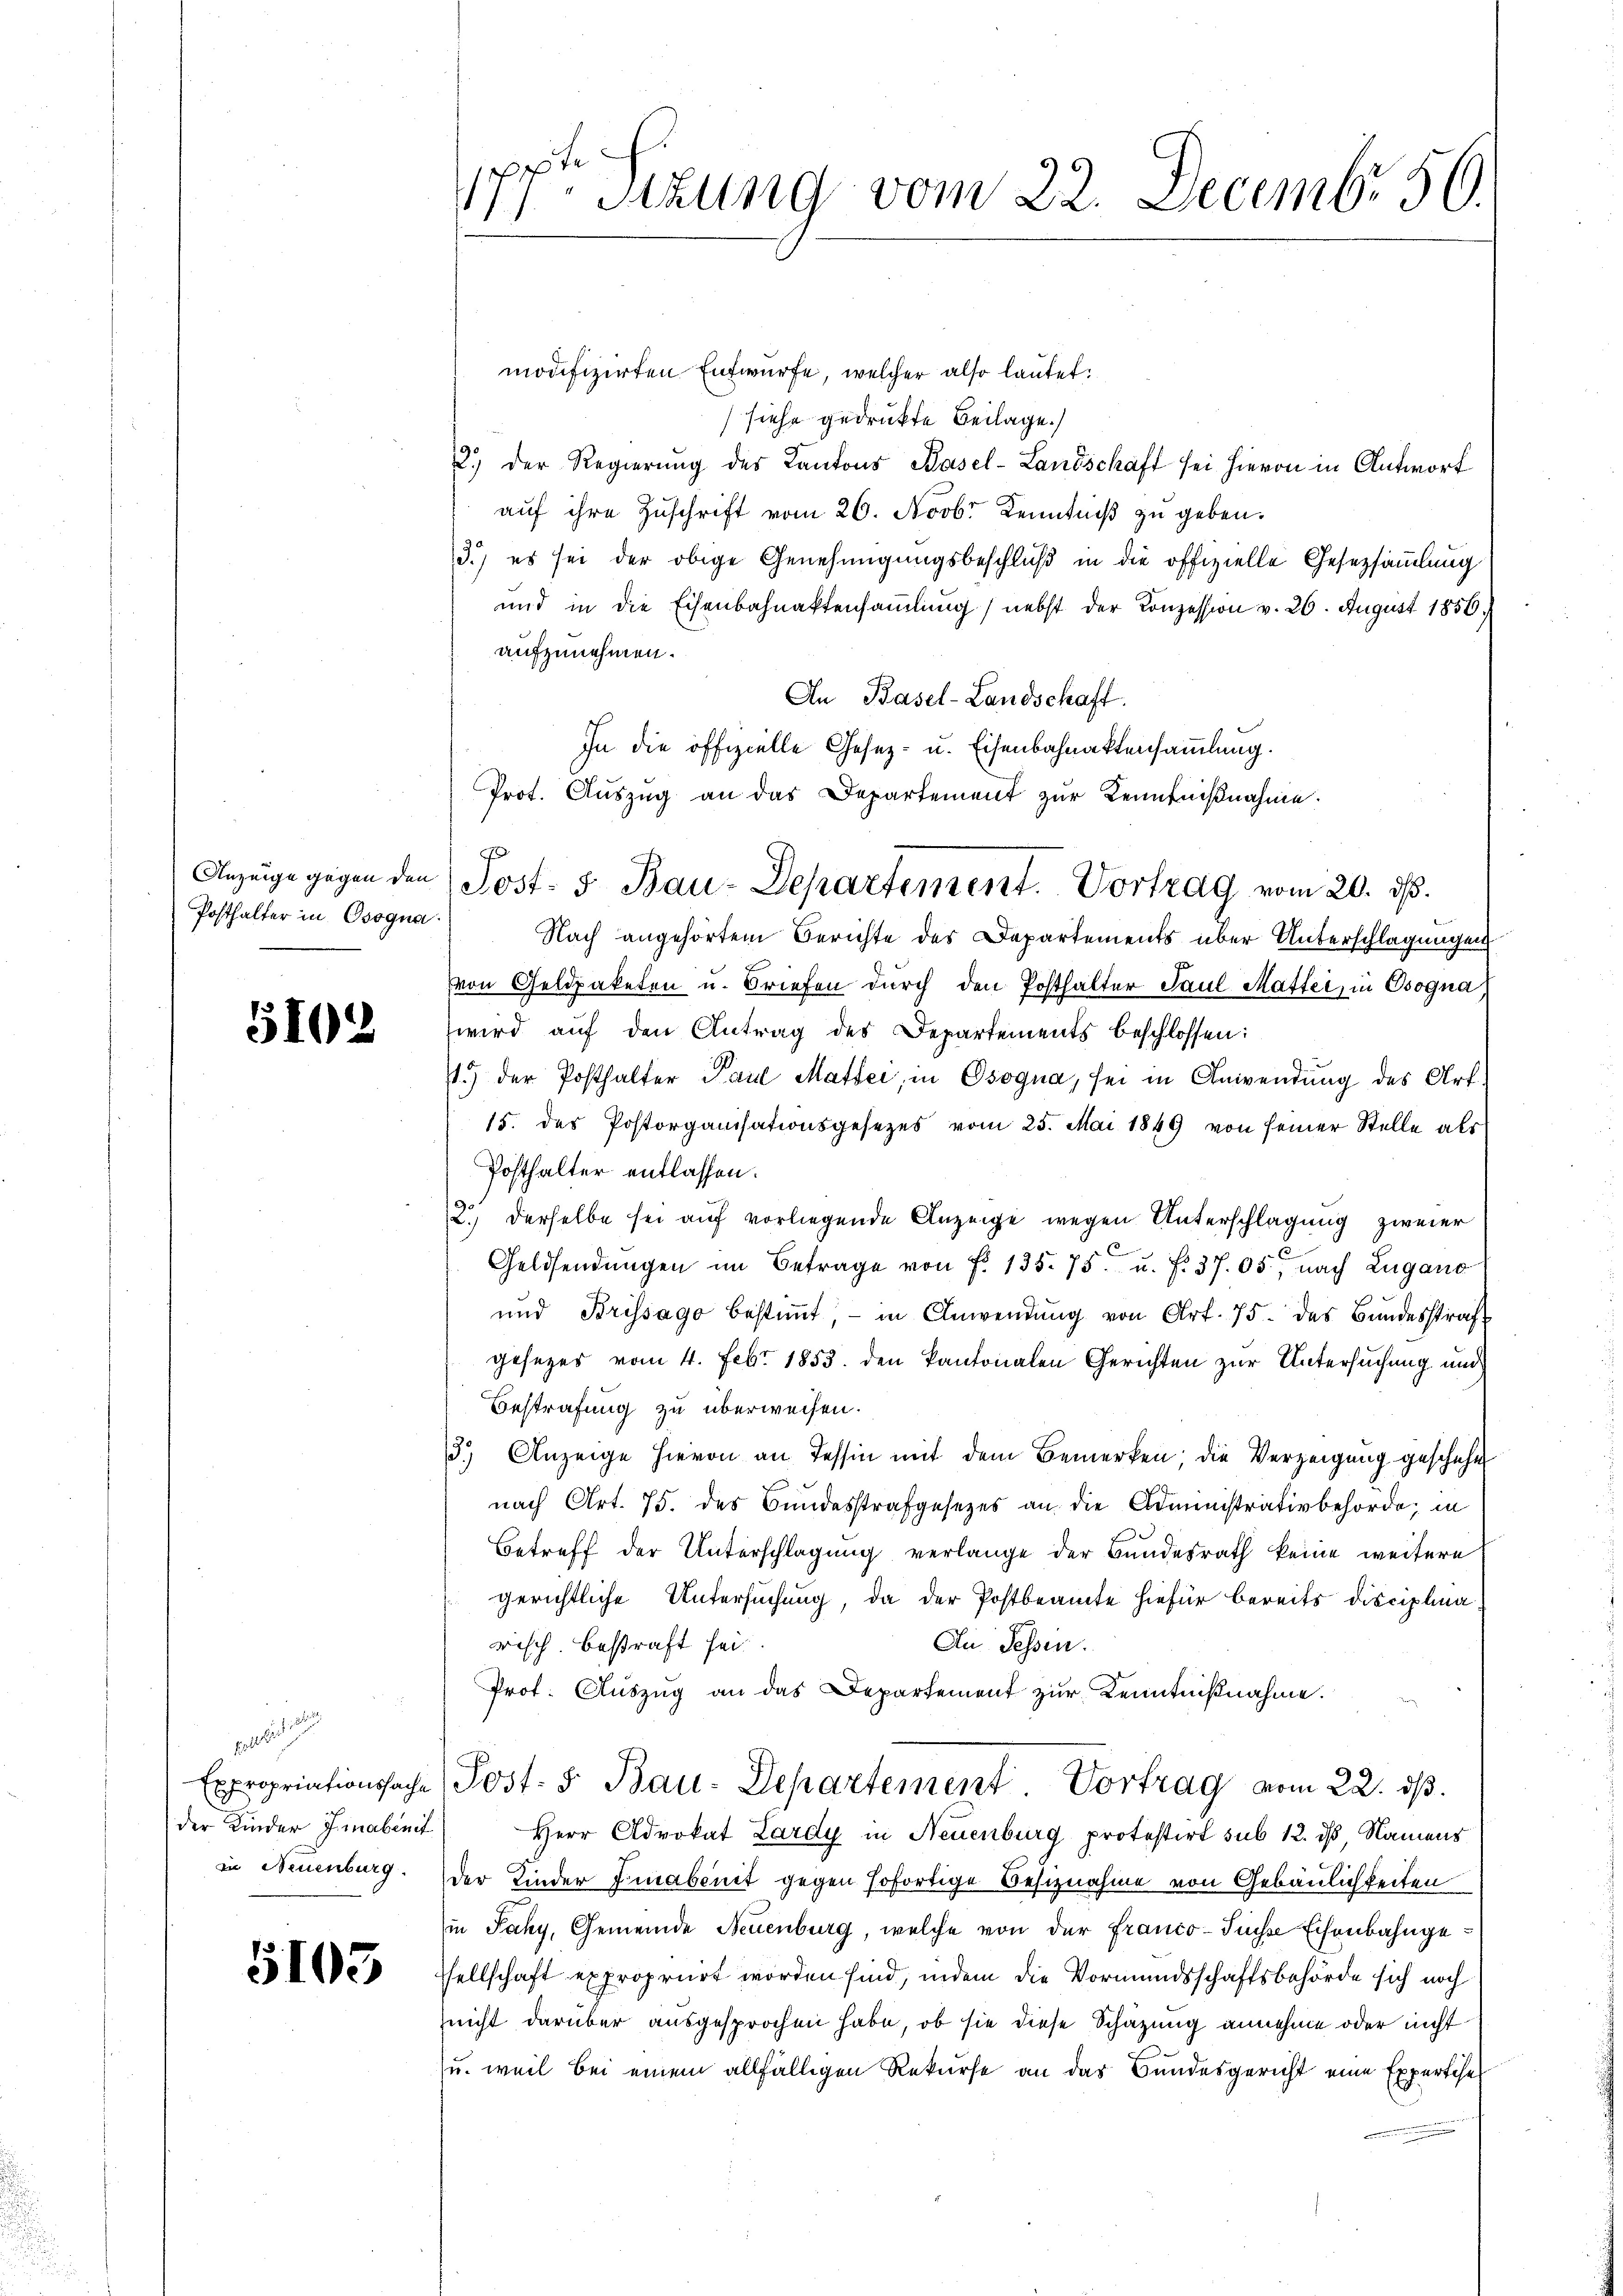
Anzeige gegen den
Posthalter in Osogna

5102

geeigne
Expropriationssache
der Kinder Jonabenit
in Neuenburg.

5103

177ter Sitzung vom 22. Decemb. 50.

modifizierten Entwürfe, welcher also lautet:
siehe gedruckte Beilage.)
2.) Der Regierŭng des Kantons Basel-Landschaft sei hievon in Antwort
auf ihre Zuschrift vom 26. Novbr Kenntniß zu geben.
3.) es sei der obige Genehmigungsbeschluß in die offizielle Gesetzsammlung
und in die Eisenbahnaktensammlung nebst der Konzession v. 26. August 1856
aufzunehmen.
An Basel-Landschaft
Nach angehörtem Berichte des Departements über Unterschlagungen
von Geldpaketen u. Briefen durch den Posthalter Paul Matter, in Osogna,
wird auf den Antrag des Departements beschlossen:
1.) der Posthalter Paul Matter, in Osogna, sei in Anwendung des Art.
15. des Postorganisationsgesezes vom 25. Mai 1849 von seiner Stelle als
Posthalter entlassen.
2.) Derselbe sei auf vorliegende Anzeige wegen Unterschlagung zweier
Geldsendungen im Betrage von f. 135. 75. u. f. 37. 05 nach Lugano
und Brissago bestiṁt, - in Anwendŭng von Art. 75. des Bŭndesstrafgesezes vom 4. Febr. 1853. den kantonalen Gerichten zur Untersuchung und
Bestrafung zu überweisen.
3.) Anzeige hievon an Tessin mit dem Bemerken, die Verzeigung geschehe
nach Art. 75. des Bundesstrafgesetzes an die Administrativbehörde, in
Betreff der Unterschlagung verlange der Bundesrath keine weitere
gerichtliche Untersuchung, da der Postbeamte hiefür bereits Disciplina
wisch. Bestraft sei.
Au Sessen.
Prof. Auszug an das Departement zur Kenntnißnahme.
Post- & Bau-Departement Vortrag vom 22. ds.
Herr Advokat Lardy in Neuenburg protestirt sub 12. ds Namens
der Kinder Finabenit gegen sofortige Beschnahme von Gebäulichkeiten
in Paky, Gemeinde Neuenburg, welche von der Franco-Füsse Eisenbahngesellschaft expropriirt worden sind, indem die Vormundsschaftsbehörde sich noch
nicht darüber ausgesprochen habe, ob sie diese Schazung annehme oder nicht
u. weil bei einem allfälligen Rekurse an das Bundesgericht eine Expertise

In die offizielle Gesetz- u. Eisenbahnaktensammlung.
Prot. Auszug an das Departement zur Kenntnißnahme.
Post- 5. Bau-Departement. Vortrag vom 20. ds.